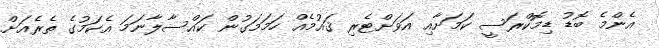
އެންމެ ބޮޑު ޑިމޮކްރަސީ ކަމަށާއި އަވަށްޓެރި ޤައުމެއް ހަމަމަގުން ކައްސާލާނަމަ އެކަމުގެ ތެރެއަށް